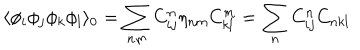
\langle \phi _ { i } \phi _ { j } \phi _ { k } \phi _ { l } \rangle _ { 0 } = \sum _ { n m } C _ { i j } ^ { n } \eta _ { n m } C _ { k l } ^ { m } = \sum _ { n } C _ { i j } ^ { n } C _ { n k l }